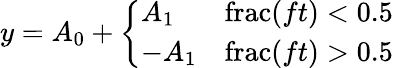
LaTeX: y=A_{0}+{\left\{ \begin{array}{ll}{A_{1}}&{\operatorname{frac}(ft)<0.5}\\ {-A_{1}}&{\operatorname{frac}(ft)>0.5}\end{array}\right.}